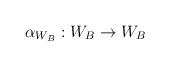
LaTeX: \begin{align*}\alpha_{W_{B}} : W_{B} \to W_{B}\end{align*}